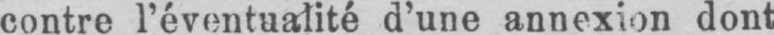
contre l’éventualité d’une annexion dont